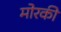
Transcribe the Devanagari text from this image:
मोरकी